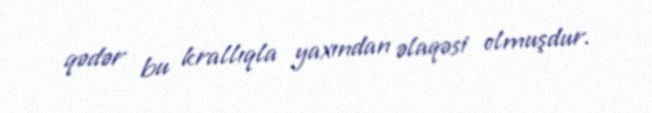
qədər bu krallıqla yaxından əlaqəsi olmuşdur.